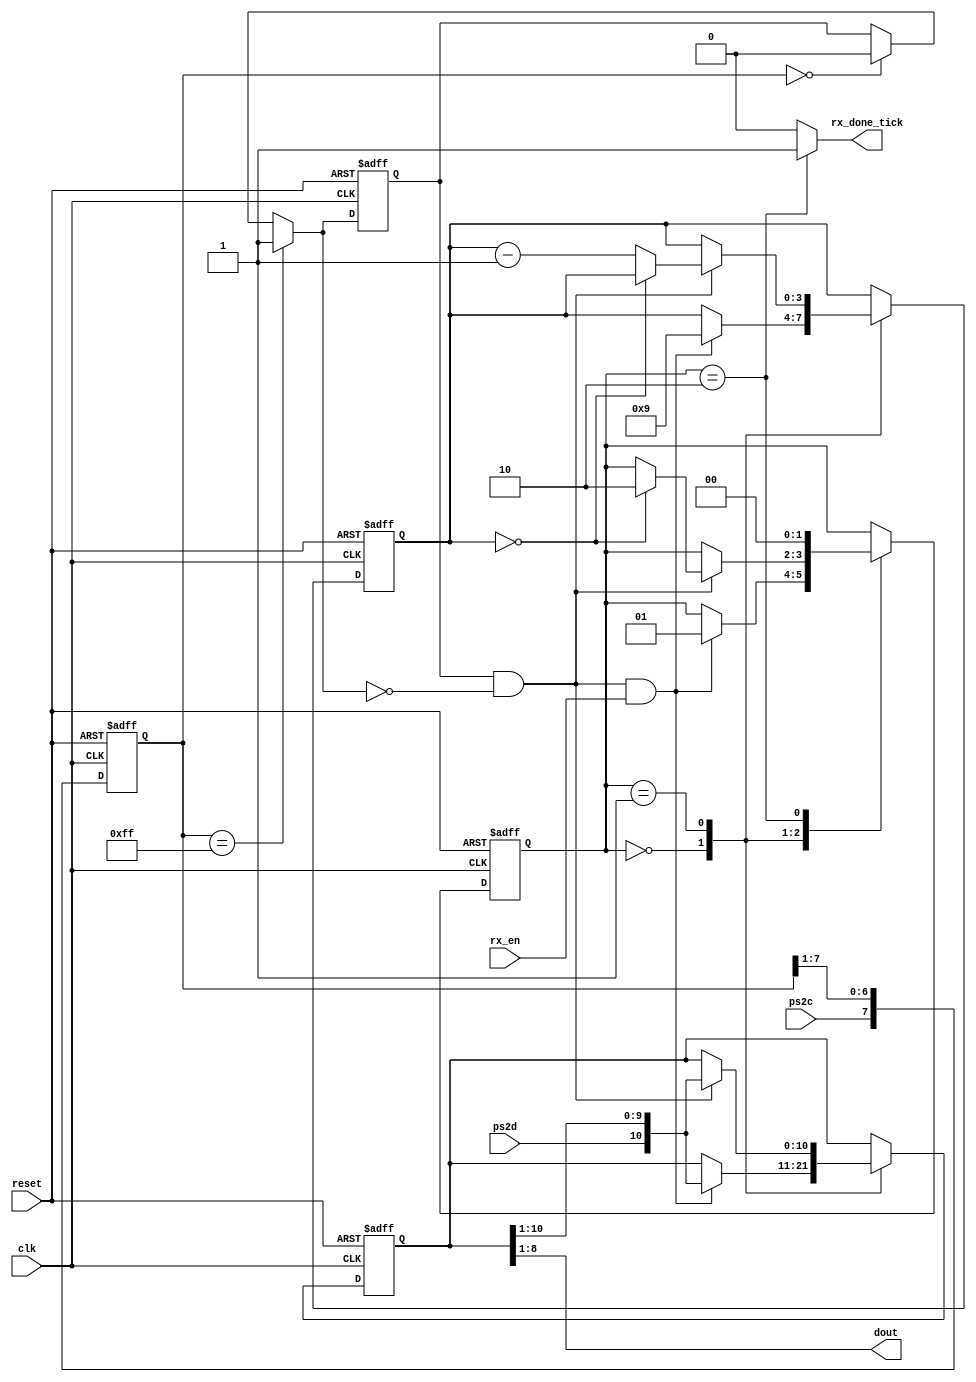
`timescale 1ns / 1ps
//////////////////////////////////////////////////////////////////////////////////
// Company: 
// Engineer: 
// 
// Design Name: 
// Module Name:    PS2Reciever 
// Project Name: 
// Target Devices: 
// Tool versions: 
// Description: 
//
// Dependencies: 
//
// Revision: 
// Revision 0.01 - File Created
// Additional Comments: 
//
//////////////////////////////////////////////////////////////////////////////////
module PS2Reciever(
input wire clk, reset,
input wire ps2d,ps2c,rx_en,
output reg rx_done_tick,
output wire[7:0] dout
    );
	 
	 // declaracion simbolica de estados
	 
	 localparam [1:0]
	 
	 idle =2'b00,
	 dps =2'b01 ,
	 load =2'b10 ;
	 
	 
	// declaracion de seales
	
	
	reg[1:0] state_reg ,state_next ;
	reg[7:0] filter_reg;
	wire[7:0] filter_next;
	reg f_ps2c_reg,f_ps2_reg;
	reg[3:0] n_reg ,n_next ;
	reg [10:0] b_reg,b_next ;
	wire fall_edge,f_ps2c_next;
	
	
		// detector de flancos
	
	always @(posedge clk , posedge reset)
	begin
		if(reset)
			begin
			filter_reg <= 0 ;
			f_ps2c_reg <= 0 ;
			end
		else
			begin
				filter_reg <= filter_next ;
				f_ps2c_reg <= f_ps2c_next ;
			end
	end	
		
		assign filter_next ={ps2c, filter_reg[7:1]};
		assign f_ps2c_next =(filter_reg == 8'b11111111) ? 1'b1 :(filter_reg == 8'b00000000) ? 1'b0 :	f_ps2c_reg ;
		assign fall_edge = f_ps2c_reg &  ~f_ps2c_next ;
		
		
// FSMD

// estado y registro de datos



always @(posedge clk , posedge reset)


	if(reset)
	
		begin
		state_reg <= idle ;
		n_reg <=0;
		b_reg <=0;
		
		end
	else
		begin
		
		state_reg <= state_next ;
		n_reg <= n_next;
		b_reg <=b_next ;
		
		
		end
		
			
	 // FSMD logica de estado siguiente
			
	always @*

		begin
		
			state_next = state_reg ;
			
			rx_done_tick = 1'b0 ;
			n_next = n_reg ;
			b_next = b_reg ;
			
			case (state_reg)
			
				idle :
					if(fall_edge & rx_en)
					
					begin
					
					// desplazamiento en el bit de inicio
					
					b_next={ps2d ,b_reg[10:1]} ;
					n_next = 4'b1001 ;
					state_next = dps ;
					
					end
							
				dps : // 8 datos +1 paridad + 1 parada
					if(fall_edge)
						begin
						
						b_next ={ps2d , b_reg[10:1]} ;
						
							if (n_reg==0)
								state_next = load ;
							else
								n_next = n_reg - 1'b1 ;
								
							end
							
				
				
			load : // 1 clock extra para completar el ultimo desplazamiento	
		
			begin
			state_next = idle;
			rx_done_tick = 1'b1 ;
			
			end
		endcase	
end		
// salida

// bits datos
	
	assign dout = b_reg[8:1] ; 
	
	

endmodule